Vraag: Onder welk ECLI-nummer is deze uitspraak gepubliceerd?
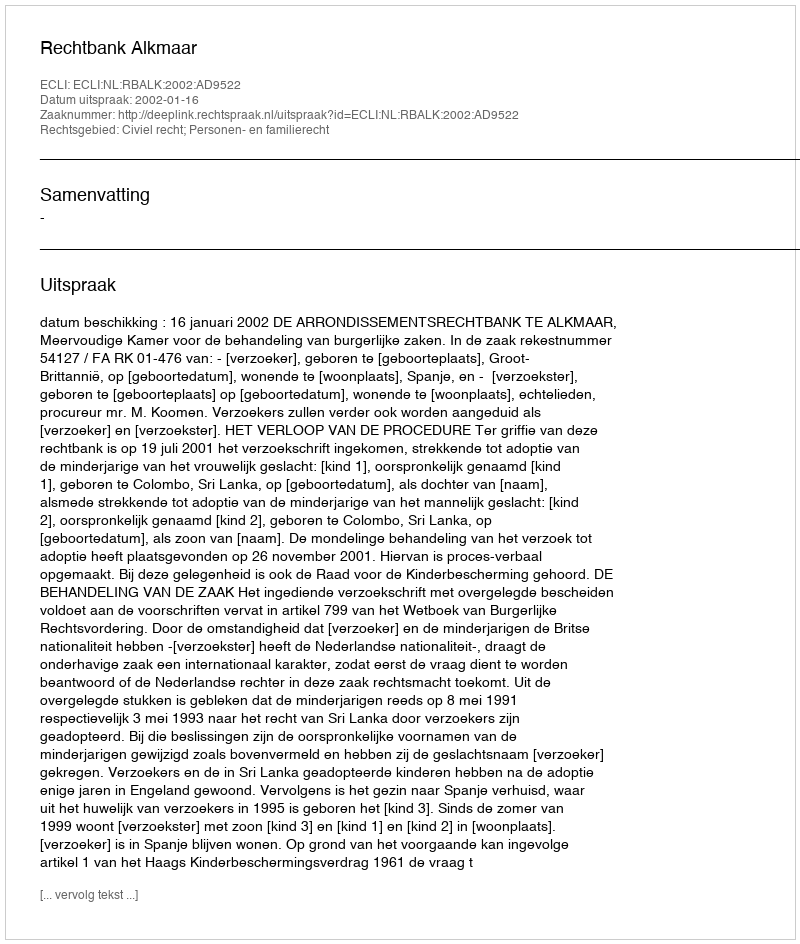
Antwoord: ECLI:NL:RBALK:2002:AD9522